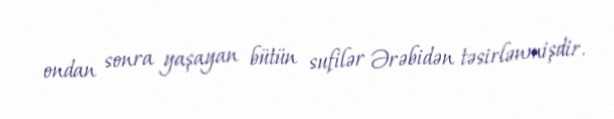
ondan sonra yaşayan bütün sufilər Ərəbidən təsirlənmişdir.